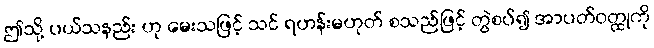
ဤသို့ ပယ်သနည်း ဟု မေးသဖြင့် သင် ရဟန်းမဟုတ် စသည်ဖြင့် တွဲစပ်၍ အာပတ်ဝတ္ထုကို